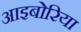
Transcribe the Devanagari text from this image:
आइबोरिया